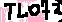
Text: TL072